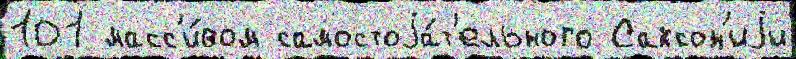
101 масс'и́вом самостоjа́т'ельного Саксон'иjи